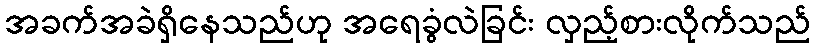
အခက်အခဲရှိနေသည်ဟု အရေခွံလဲခြင်း လှည့်စားလိုက်သည်